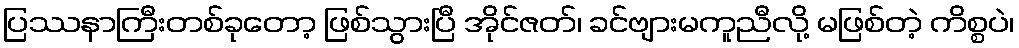
ပြဿနာကြီးတစ်ခုတော့ ဖြစ်သွားပြီ အိုင်ဇတ်၊ ခင်ဗျားမကူညီလို့ မဖြစ်တဲ့ ကိစ္စပဲ၊